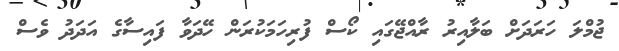
ޖުމްލަ ހަރަދަށް ބަލާއިރު ރާއްޖޭގައި ކޯސް ފުރިހަމަކުރަން ހޭދަވާ ފައިސާގެ އަދަދު ވެސް